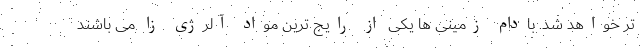
تر خواهد شد. بادام زمینی ها یکی از رایج ترین مواد آلرژی زا می باشند